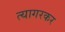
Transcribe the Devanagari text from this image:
त्यागरकर